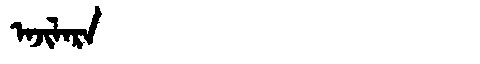
Manchu: ᠠᠵᡳᠯᠠᡵᠠ
Romanization: AJILARA